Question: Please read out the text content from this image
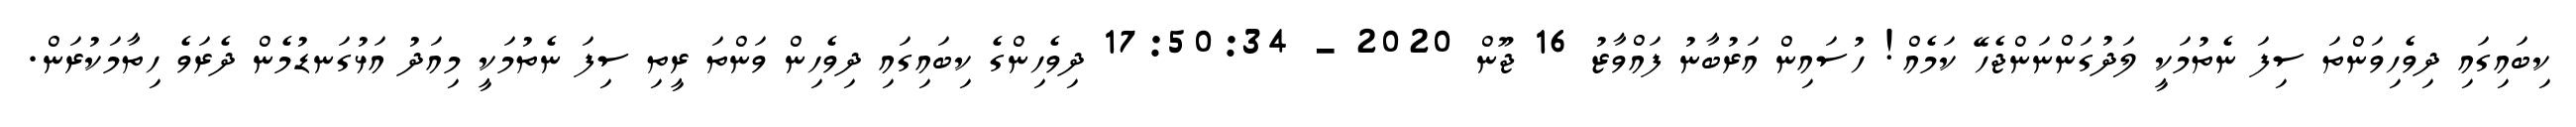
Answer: ކިބައިގައި ދިވެހިވަންތަ ސިފަ ނެތުމަކީ ލަދުގަންނަންޖެހޭ ކަމެއް! ހުސައިން އަރުބާނު ފައްވާޒު 16 ޖޫން 2020 - 17:50:34 ދިވެހިންގެ ކިބައިގައި ދިވެހިން ވަންތަ ރީތި ސިފަ ނެތުމަކީ މިއަދު އަޅުގަނޑުމެން ދެރަވެ ހިތާމަކުރަން.